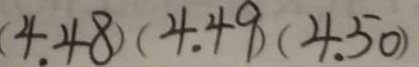
( 4 . 4 8 ) ( 4 . 4 9 ) ( 4 . 5 0 )